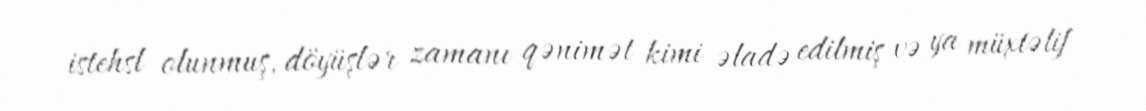
istehsl olunmuş, döyüşlər zamanı qənimət kimi əladə edilmiş və ya müxtəlif